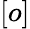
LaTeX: [o]